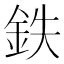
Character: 鉄